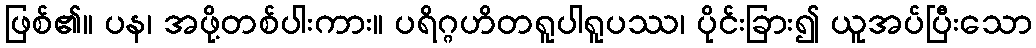
ဖြစ်၏။ ပန၊ အဖို့တစ်ပါးကား။ ပရိဂ္ဂဟိတရူပါရူပဿ၊ ပိုင်းခြား၍ ယူအပ်ပြီးသော